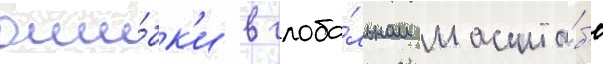
оши́бк'и в глоба́льном масшта́б'е